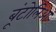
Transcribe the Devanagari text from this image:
बूंटोलिआ